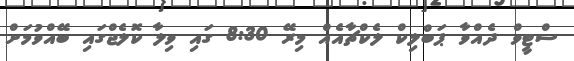
ސްޓީވް ދެއްވާ ޕަބްލިކް ލެކްޗާއެއް މިރޭ 8:30 ގައި ވިލާ ކޮލެޖްގައި ބޭއްވުމަށް